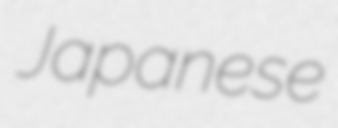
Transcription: Japanese